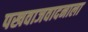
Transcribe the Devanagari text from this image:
पखवाजवादनाला